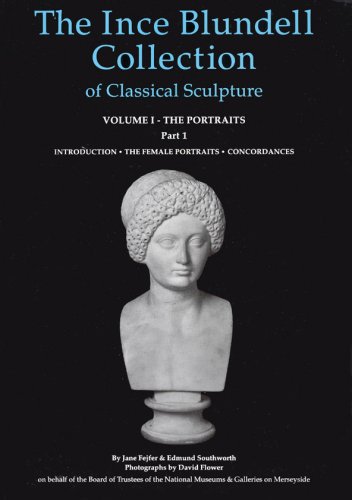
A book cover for The Ince Blundell Collection of Classical Sculpture: Volume 1, The Portraits  Part 1, The Female Portraits (Corpus Signorum Imperii Romani. Great Britain, V. 3, Fasc. 2, 9.); Jane Feifer; Crafts, Hobbies & Home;